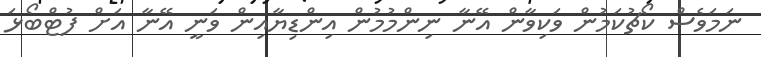
ނަމަވެސް ކޯޗުކަމުން ވަކިވާން އޭނާ ނިންމުމުން އިންޑިޔާއިން ވަނީ އޭނާ އަށް ފުޓްބޯޅަ